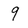
Character: 9